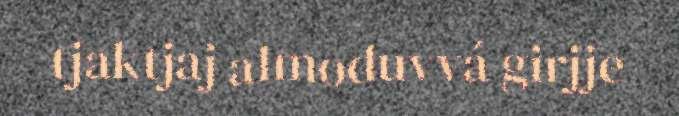
tjaktjaj almoduvvá girjje